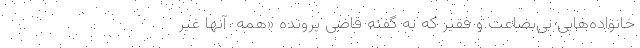
خانواده‌هایی بی‌بضاعت و فقیر که به‌ گفته قاضی پرونده «همه ‌ آنها غیر